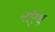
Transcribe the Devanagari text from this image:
नॉर्थ़